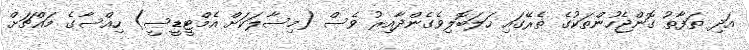
އަދި ތަފާތު ގޮންޖެހުންތަކުގެ ތެރޭގައި ހަލަބޮލިވެގެންދާއިރު ވެސް (މިސާލަކަށް އެމްޓީޑީސީ) ހިއްސާގެ މައްޗަށް